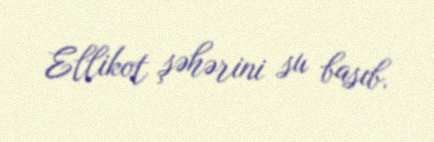
Ellikot şəhərini su basıb.